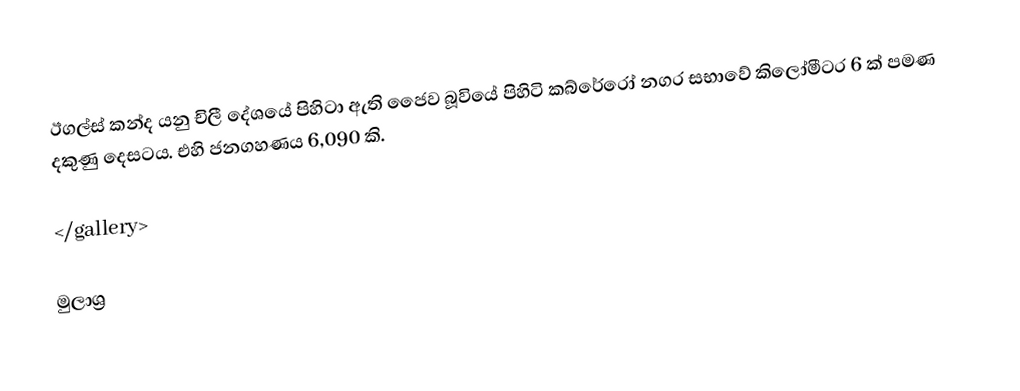
ඊගල්ස් කන්ද යනු චිලී දේශයේ පිහිටා ඇති ජෛව බූවියේ පිහිටි කබ්රේරෝ නගර සභාවේ කිලෝමීටර 6 ක් පමණ දකුණු දෙසටය. එහි ජනගහණය 6,090 කි.

</gallery>

මුලාශ්‍ර